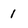
Character: 1